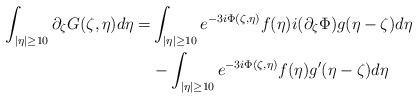
LaTeX: \begin{align*}\int_{|\eta| \ge 10} \partial_\zeta G(\zeta,\eta) d\eta = &\int_{|\eta| \ge 10} e^{-3i \Phi(\zeta,\eta)} f(\eta) i (\partial_\zeta \Phi) g(\eta- \zeta) d\eta\\ & - \int_{|\eta| \ge 10} e^{-3i \Phi(\zeta,\eta)} f(\eta)g'(\eta-\zeta) d\eta \end{align*}